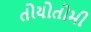
તોયોતોમી